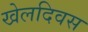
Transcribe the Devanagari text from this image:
खेलदिवस